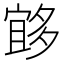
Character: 𱘨